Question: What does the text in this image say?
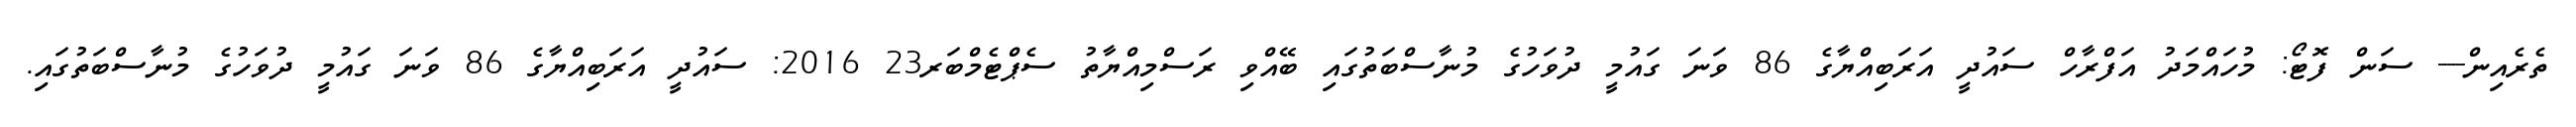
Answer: ތެރެއިން--- ސަން ފޮޓޯ: މުހައްމަދު އަފްރާހް ސައުދީ އަރަބިއްޔާގެ 86 ވަނަ ގައުމީ ދުވަހުގެ މުނާސްބަތުގައި ބޭއްވި ރަސްމިއްޔާތު ސެޕްޓެމްބަރ23 2016: ސައުދީ އަރަބިއްޔާގެ 86 ވަނަ ގައުމީ ދުވަހުގެ މުނާސްބަތުގައި.